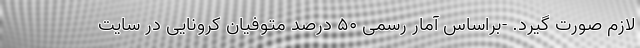
لازم صورت گیرد. -براساس آمار رسمی ۵۰ درصد متوفیان کرونایی در سایت